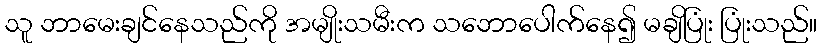
သူ ဘာမေးချင်နေသည်ကို အမျိုးသမီးက သဘောပေါက်နေ၍ မချိပြုံး ပြုံးသည်။